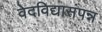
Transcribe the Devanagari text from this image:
वेदविद्यासंपन्न